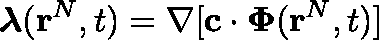
\boldsymbol { \lambda } ( \mathbf { r } ^ { N } , t ) = \nabla [ \mathbf { c } \cdot \mathbf { \Phi } ( \mathbf { r } ^ { N } , t ) ]